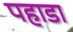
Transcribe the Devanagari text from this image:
पहाडा